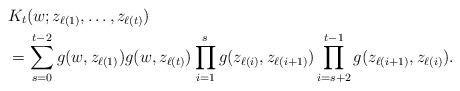
LaTeX: \begin{align*}& K_{t}(w; z_{\ell(1)}, \ldots , z_{\ell(t)}) \\ &=\sum_{s=0}^{t-2}g(w, z_{\ell(1)})g(w, z_{\ell(t)})\prod_{i=1}^{s}g(z_{\ell(i)}, z_{\ell(i+1)})\prod_{i=s+2}^{t-1}g(z_{\ell(i+1)}, z_{\ell(i)}). \end{align*}